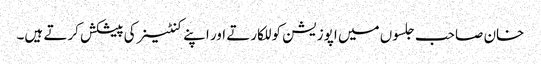
خان صاحب جلسوں میں اپوزیشن کو للکارتے اور اپنے کنٹینر کی پیشکش کرتے ہیں۔